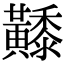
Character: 𪏦